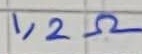
Text: 1,2Ω